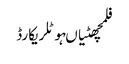
فلمچھٹیاںہوٹلریکارڈ